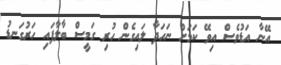
އޭނާ އަޑުވެސް އިވޭ ކަމަށް ނަހަދާ ލައިގެން ހުރި ގަމީސް ބާލާފައި ހަރުގަނޑު